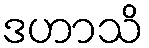
ဒဟာသိ